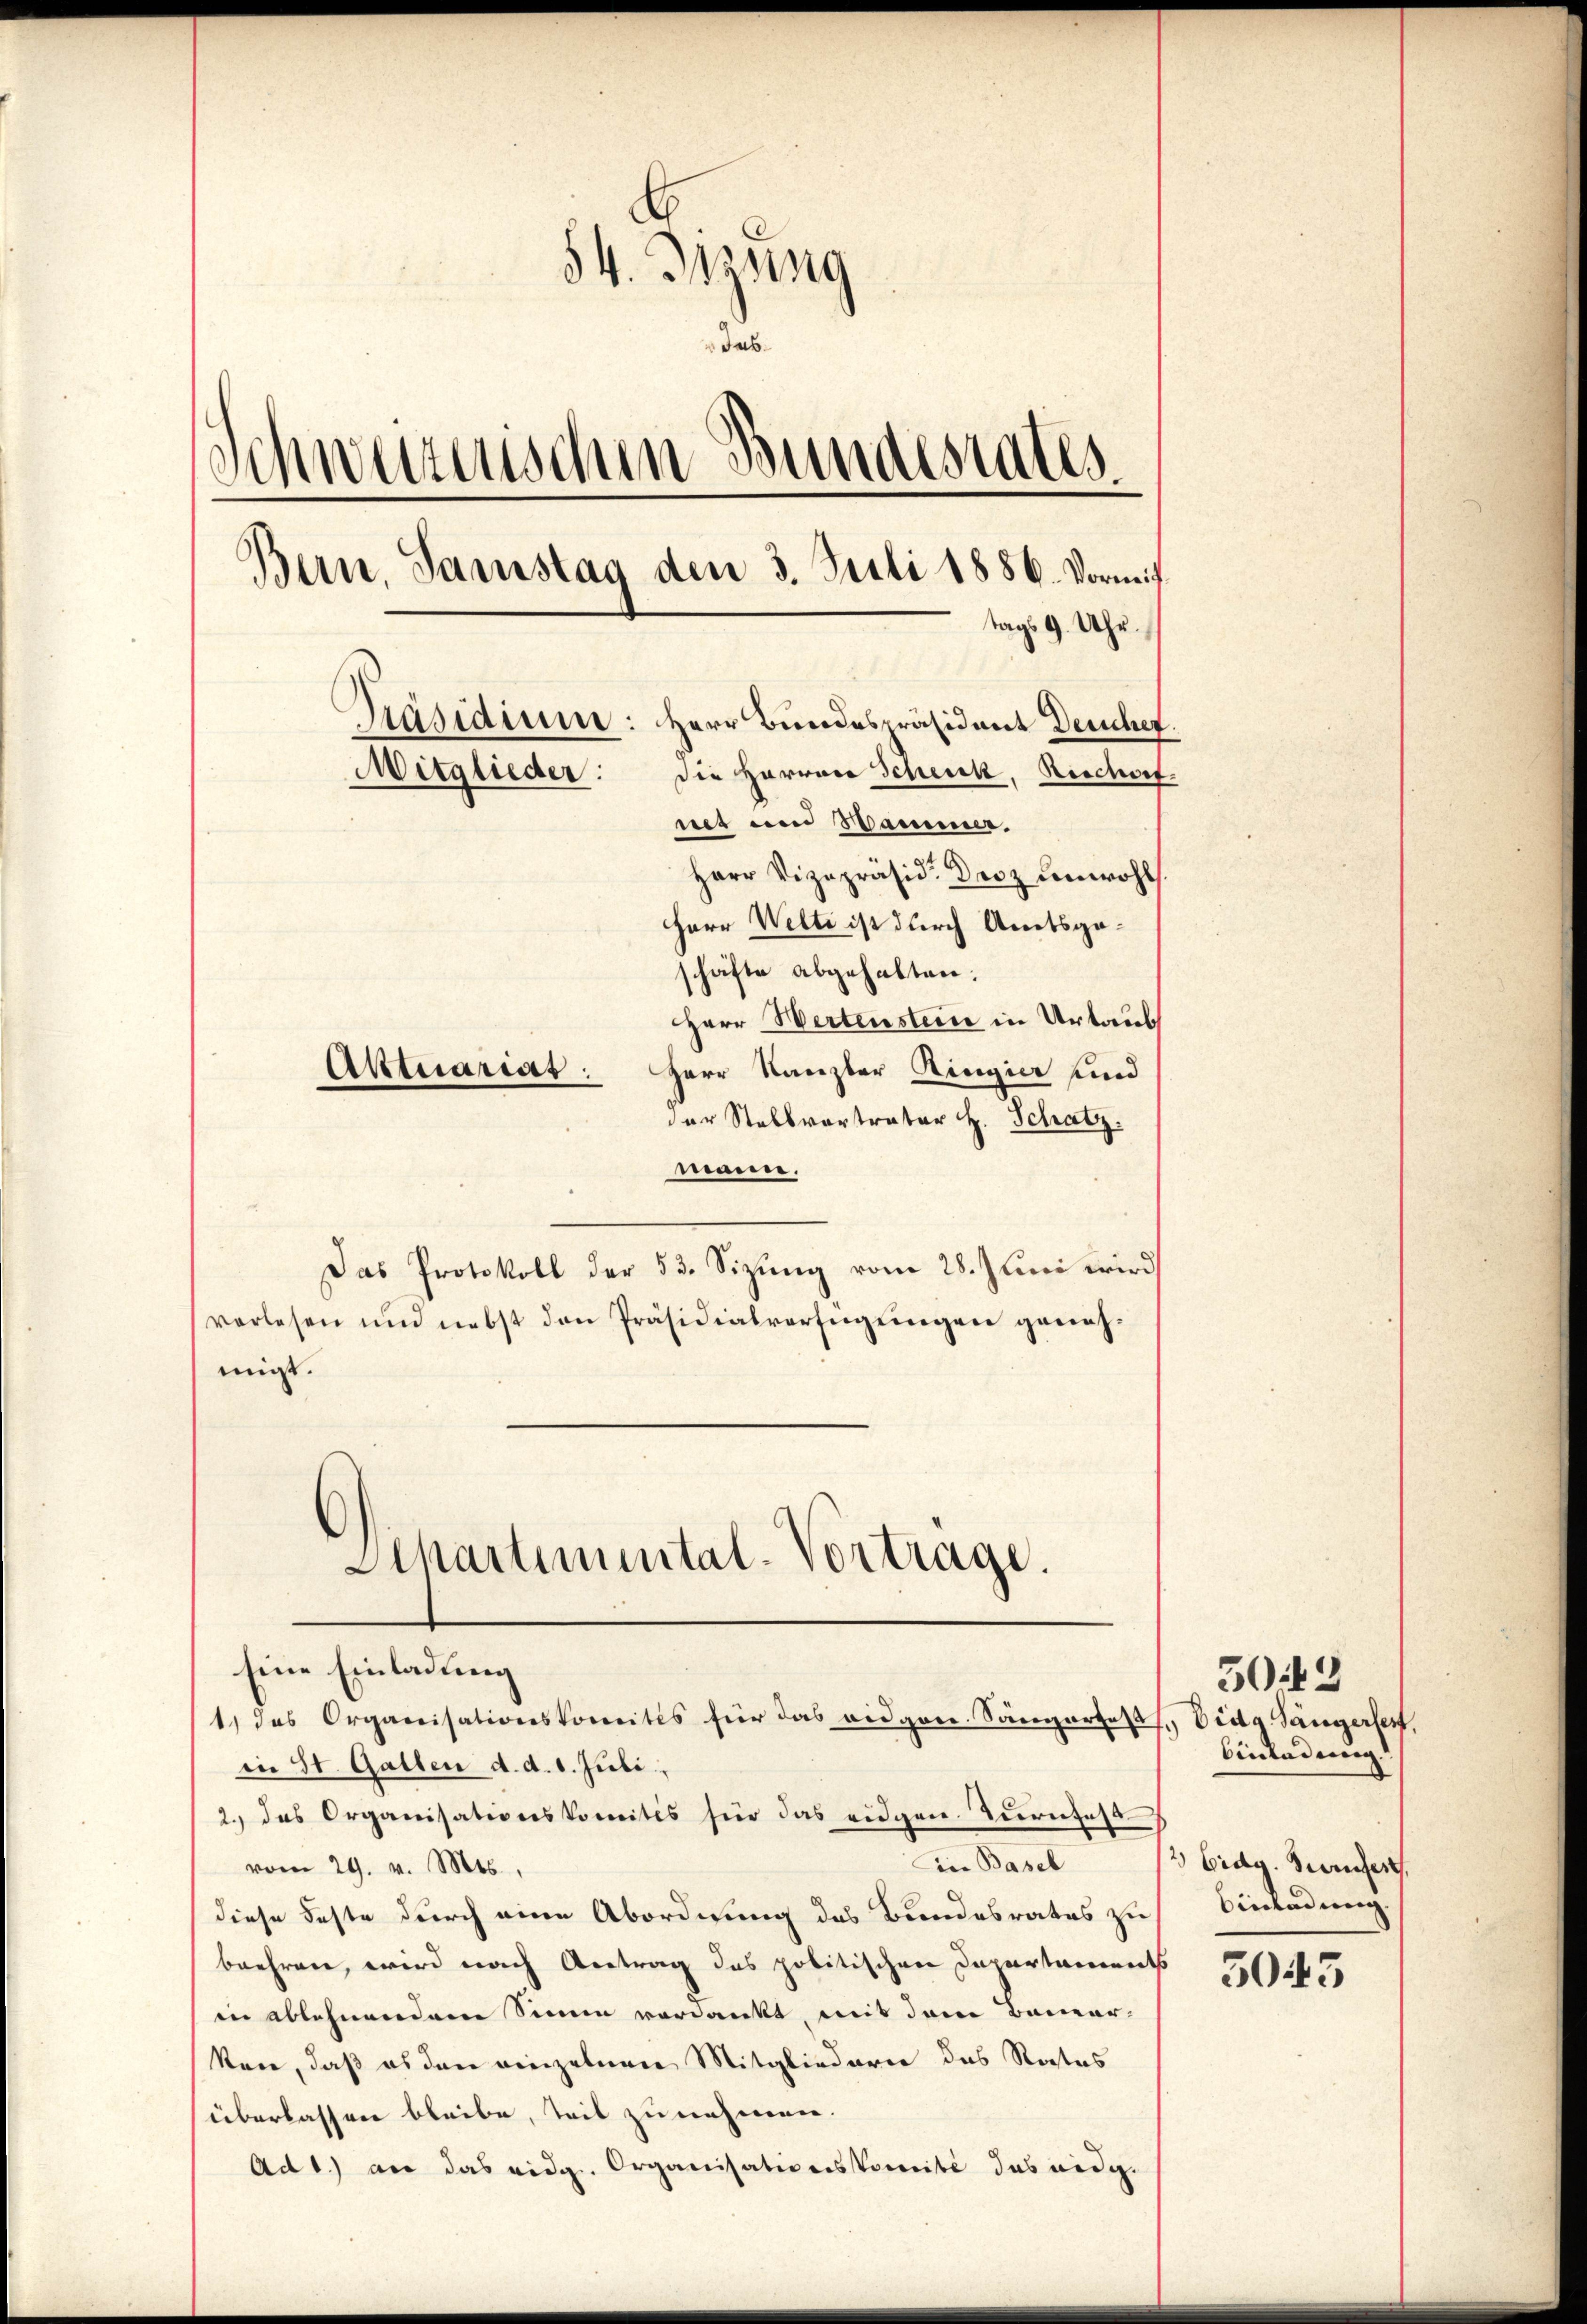
54. Jung
das
Schwerenischen Bundesrates.
Bern, Samstag den 3. Juli 1886. Vormittags 9 Uhr.
Präsidium: Herr Bundespräsident Deuchet.
die Harron Schenk, Reichert.
Mitglieder:
net um Sammer.
Herr Vizepräsid. Desz unwohl
Herr Welti ist durch Amtsgeschäfte abgehalten.
Herr Wertenstein in Urlaub
Aktuariat: Herr Kanzler Ringier und
der Stellvortrator H. Schatz.

mann.
Das Protokoll der 53. Sizung vom 28. Juni wird
verlesen und nebst den Präsidialverfügungen genehmigt.
Aepartimental-Vortrage.
sine Einladung
1.) das Organisationskomites für das eidgen. Sängertes, Eidg. Sängerfert,
in St. Gallen d. d. d. Juli,
2. das Organisationskomites für das eidgen. Terrates
in Basel
vom 29. v. Mts.,
diese Feste durch eine Abordnung des Bundesrates zu
beehren, wird nach Antrag des politischen Departaments
in ablehnendem Sinne verdankt, mit dem Bemerken, daß es den einzelnen Mitgliederer das Rates
überlassen bleibe, teil zu nehmen.
Ad 1.) an das eidg. Organisationskomite das eidg.

50:42
Einladung
2 Eidg. Berufes.
Einladung.

5045